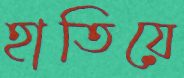
হাতিয়ে